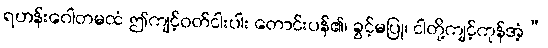
ရဟန်းဂေါတမထံ ဤကျင့်ဝတ်ငါးပါး တောင်းပန်၏၊ ခွင့်မပြု၊ ငါတို့ကျင့်ကုန်အံ့”